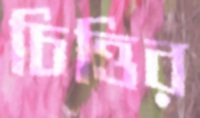
চিত্তির